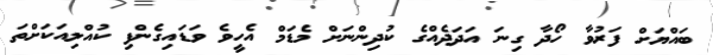
ބައްޔަށް ފަރުވާ ހޯދާ ގިނަ އަދަދެއްގެ ކުދިންނަށް މެޑަމް އެހީވެ ވަޑައިގެންފި ކުއްލިއަކަށްތަ